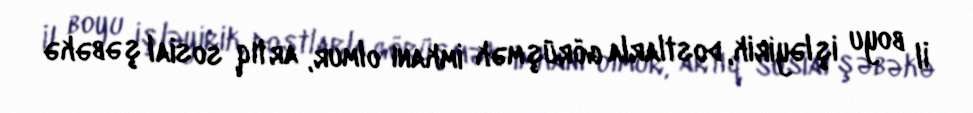
İl boyu işləyirik, dostlarla görüşmək imkanı olmur, artıq sosial şəbəkə